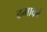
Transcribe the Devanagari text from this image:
ढमाकों